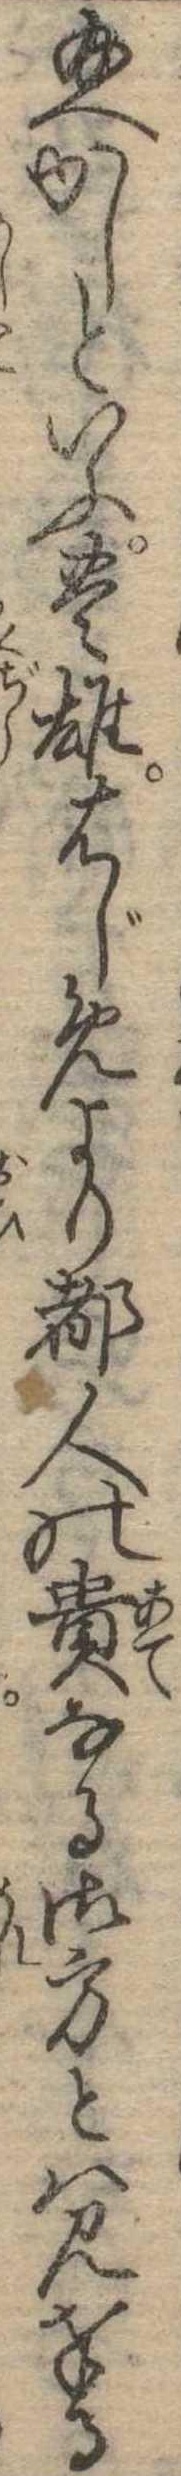
給へかしといふ豊雄はじめより都人の貴なる御方とは見奉る